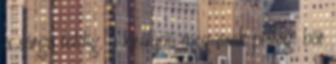
a sárga földig, a királynő meg csak pislog: bár